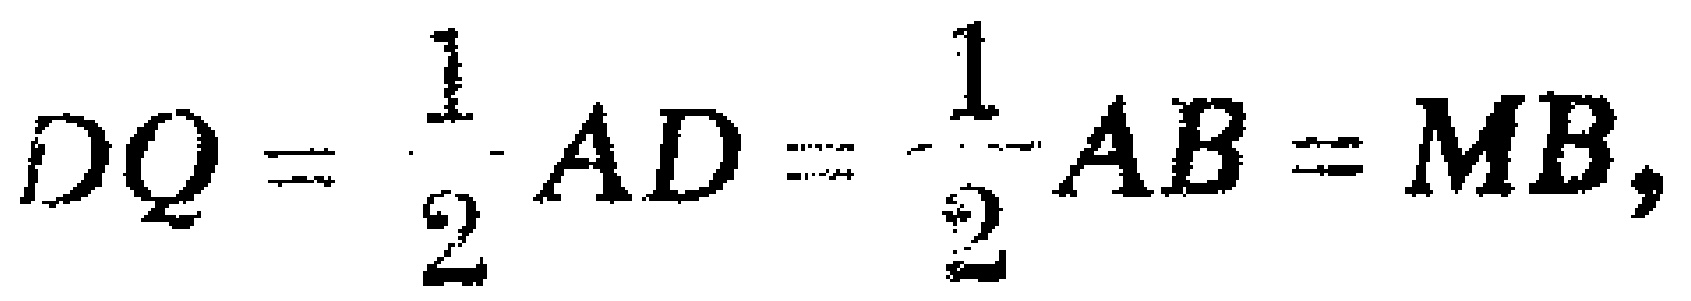
$DQ=\frac{1}{2}AD=\frac{1}{2}AB = MB,$